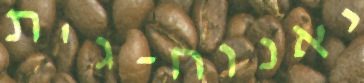
יאנוח-ג'ת